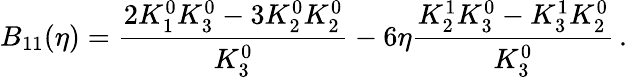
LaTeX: B_{11}(\eta)=\frac{2K_{1}^{0}K_{3}^{0}-3K_{2}^{0}K_{2}^{0}}{K_{3}^{0}}-6\eta\frac{K_{2}^{1}K_{3}^{0}-K_{3}^{1}K_{2}^{0}}{K_{3}^{0}}\, .